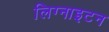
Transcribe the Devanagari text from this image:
लिग्नाइटन